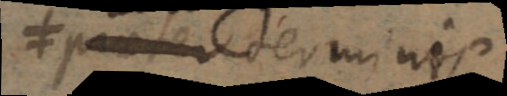
≠ pa_ter derminis